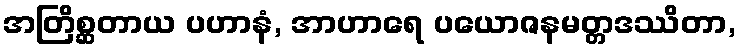
အတြိစ္ဆတာယ ပဟာနံ, အာဟာရေ ပယောဇနမတ္တဒဿိတာ,